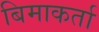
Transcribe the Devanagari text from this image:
बिमाकर्ता